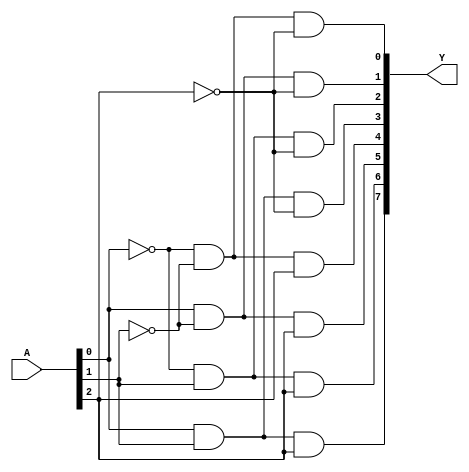
module decoder_3x8(input [2:0]A, output [7:0]Y);
    assign Y[0] = (~A[0])&(~A[1])&(~A[2]);
    assign Y[1] = (A[0])&(~A[1])&(~A[2]);
    assign Y[2] = (~A[0])&(A[1])&(~A[2]);
    assign Y[3] = (A[0])&(A[1])&(~A[2]);
    assign Y[4] = (~A[0])&(~A[1])&(A[2]);
    assign Y[5] = (A[0])&(~A[1])&(A[2]);
    assign Y[6] = (~A[0])&(A[1])&(A[2]);
    assign Y[7] = (A[0])&(A[1])&(A[2]);
endmodule

module decoder_4x16(input [3:0]A, output [15:0]Y);
    assign Y[0] = (~A[0])&(~A[1])&(~A[2])&(~A[3]);
    assign Y[1] = (A[0])&(~A[1])&(~A[2])&(~A[3]);
    assign Y[2] = (~A[0])&(A[1])&(~A[2])&(~A[3]);
    assign Y[3] = (A[0])&(A[1])&(~A[2])&(~A[3]);
    assign Y[4] = (~A[0])&(~A[1])&(A[2])&(~A[3]);
    assign Y[5] = (A[0])&(~A[1])&(A[2])&(~A[3]);
    assign Y[6] = (~A[0])&(A[1])&(A[2])&(~A[3]);
    assign Y[7] = (A[0])&(A[1])&(A[2])&(~A[3]);
    assign Y[8] = (~A[0])&(~A[1])&(~A[2])&(A[3]);
    assign Y[9] = (A[0])&(~A[1])&(~A[2])&(A[3]);
    assign Y[10] = (~A[0])&(A[1])&(~A[2])&(A[3]);
    assign Y[11] = (A[0])&(A[1])&(~A[2])&(A[3]);
    assign Y[12] = (~A[0])&(~A[1])&(A[2])&(A[3]);
    assign Y[13] = (A[0])&(~A[1])&(A[2])&(A[3]);
    assign Y[14] = (~A[0])&(A[1])&(A[2])&(A[3]);
    assign Y[15] = (A[0])&(A[1])&(A[2])&(A[3]);
endmodule